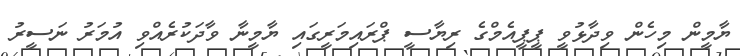
ޔާމީން މިހެން ވިދާޅުވީ ޕީޕީއެމްގެ ރިޔާސީ ޕްރައިމަރީގައި ޔާމީނާ ވާދަކުރެއްވި އުމަރު ނަސީރު